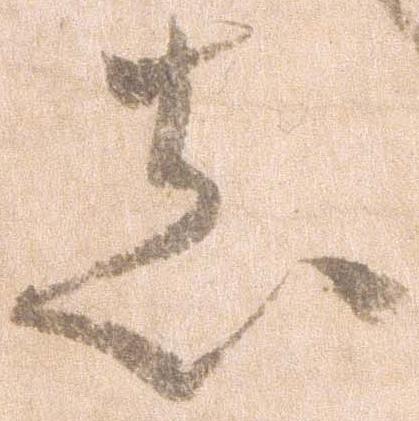
し